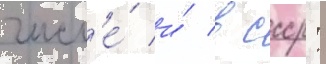
числ'е́ и́ в ссср: